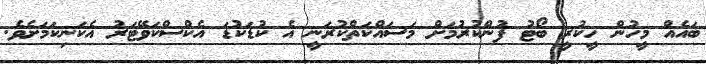
ބައެއް މީހުން ހީކުރީ ބޯޓު ފުންކުރުމަށް މަަސައްކަތްކުރަނީ އެ ކުޑަކުޑަ އެކްސްކަވޭޓަރު އެކަނިކަމަށެވެ.